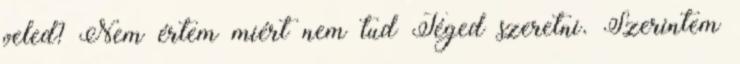
veled? Nem értem miért nem tud Téged szeretni. Szerintem